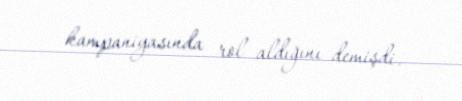
kampaniyasında rol aldığını demişdi.